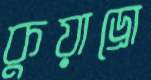
কুয়াড্রো